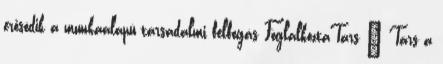
erősödik a munkaalapú társadalmi felfogás FoglalkoztaTárs – Társ a